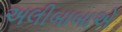
અલીબાબાએ